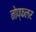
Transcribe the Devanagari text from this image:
नोप्फलर